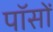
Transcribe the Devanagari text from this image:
पॉसों